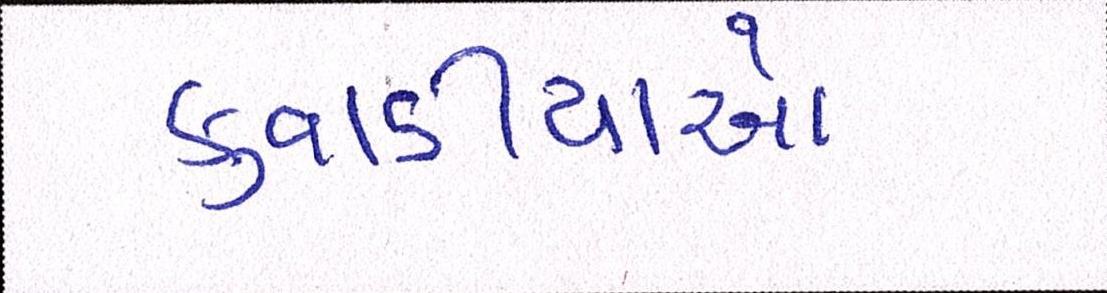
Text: કુવાડીયાઓ